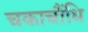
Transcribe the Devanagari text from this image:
चकाचौंधि